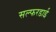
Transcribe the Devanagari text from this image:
सल्फरडाई